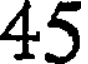
45